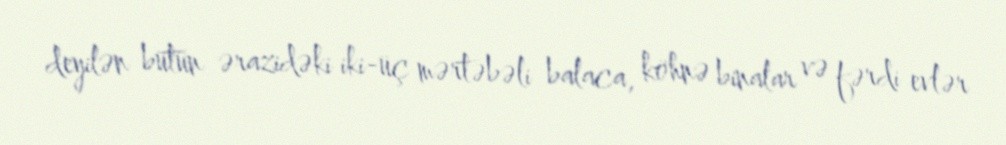
deyilən bütün ərazidəki iki-üç mərtəbəli balaca, köhnə binalar və fərdi evlər